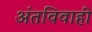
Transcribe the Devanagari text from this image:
अंतविवाही